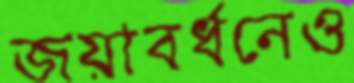
জয়াবর্ধনেও